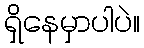
ရှိနေမှာပါပဲ။